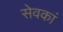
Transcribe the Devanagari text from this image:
सेवकां